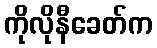
ကိုလိုနီခေတ်က